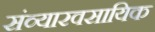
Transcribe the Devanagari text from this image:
संव्यारवसायिक